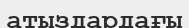
атыздардағы